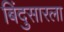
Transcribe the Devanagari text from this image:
बिंदुसारला